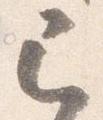
已